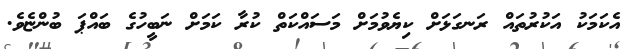
އެކަމަކު އަކުރުތައް ރަނގަޅަށް ކިޔެވުމަށް މަސައްކަތް ކުރާ ކަމަށް ނަބީހުގެ ބައްޕަ ބުންޏެވެ.